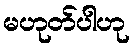
မဟုတ်ပါဟု